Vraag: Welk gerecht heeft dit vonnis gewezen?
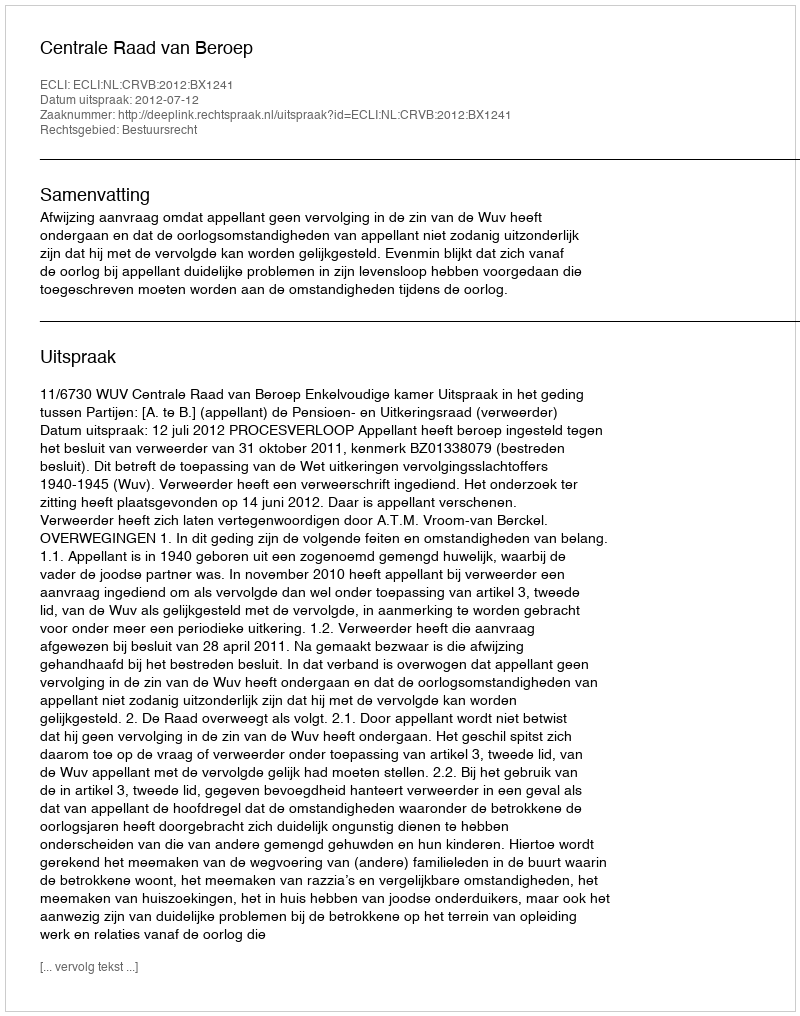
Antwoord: Centrale Raad van Beroep